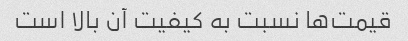
قیمت‌ها نسبت به کیفیت آن بالا است